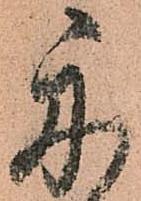
舟